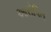
આરોપિત